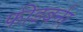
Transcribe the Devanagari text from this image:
फीडबर्नर